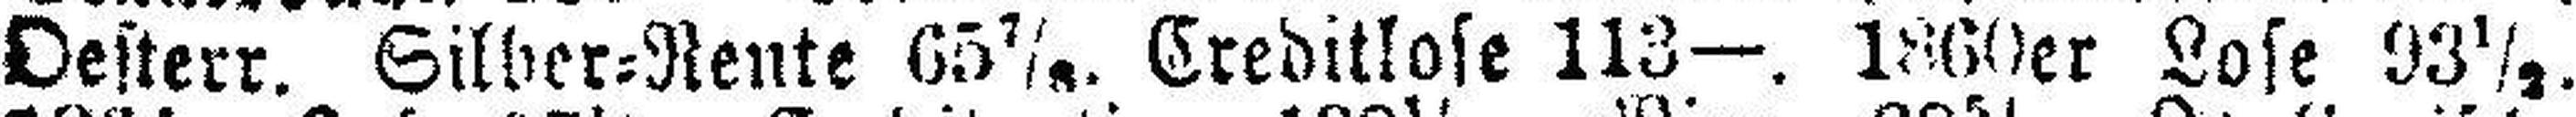
Oesterr. Silber=Rente 65 7/8. Creditlose 113—. 1860er Lose 93½.